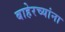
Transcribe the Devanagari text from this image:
बाहेरच्यांना